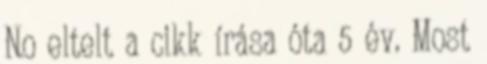
No eltelt a cikk írása óta 5 év. Most